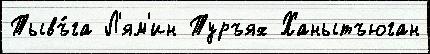
Тывъ́га Л'ям'ин Туръях Ханытъюган